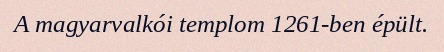
A magyarvalkói templom 1261-ben épült.